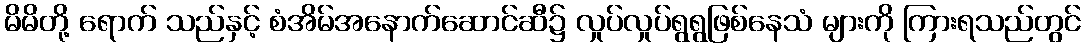
မိမိတို့ ရောက် သည်နှင့် စံအိမ်အနောက်ဆောင်ဆီ၌ လှုပ်လှုပ်ရွရွဖြစ်နေသံ များကို ကြားရသည်တွင်